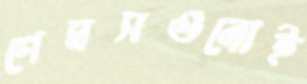
গেমসগুলোই